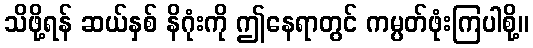
သိဖို့ရန် ဆယ်နှစ် နိဂုံးကို ဤနေရာတွင် ကမ္ပတ်ဖုံးကြပါစို့။